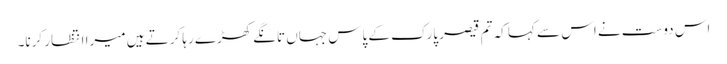
اس دوست نے اس سے کہا کہ تم قیصر پارک کے پاس جہاں تانگے کھڑے رہا کرتے ہیں میرا انتظار کرنا۔